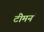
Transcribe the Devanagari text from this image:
टीमनं